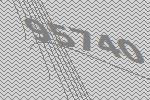
95740